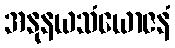
အနုနယသံယောဇနံ